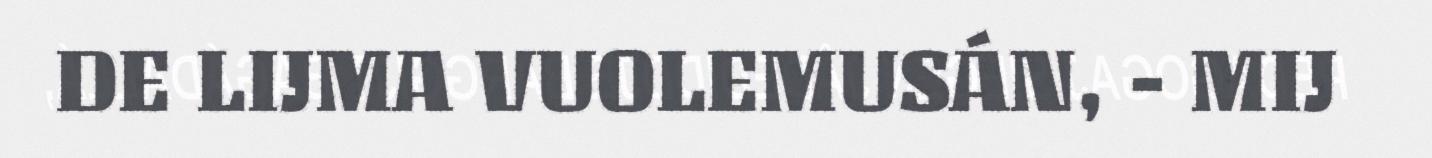
DE LIJMA VUOLEMUSÁN, - MIJ